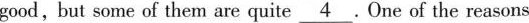
good,but some of them are quite \underline{4}.One of the reasons